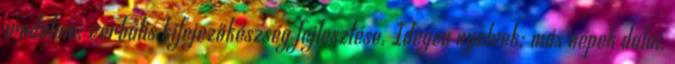
irodalom: verbális kifejezőkészség fejlesztése. Idegen nyelvek: más népek dalai.